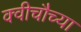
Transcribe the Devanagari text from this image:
क्वीचौच्या